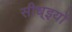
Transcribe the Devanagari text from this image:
सीध्इयों